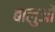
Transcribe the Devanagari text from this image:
बालुओं